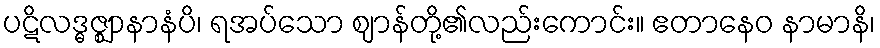
ပဋိလဒ္ဓဇ္ဈာနာနံပိ၊ ရအပ်သော ဈာန်တို့၏လည်းကောင်း။ ဧတာနေဝ နာမာနိ၊